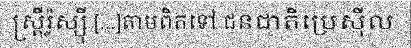
ស្ត្រីរ៉ូស្ស៊ី [...]តាមពិតទៅ ជនជាតិប្រេស៊ីល